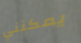
يمكنني